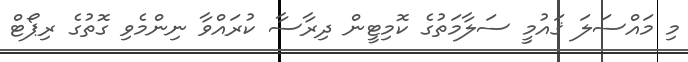
މި މައްސަލަ ޤައުމީ ސަލާމަތުގެ ކޮމިޓީން ދިރާސާ ކުރައްވާ ނިންމެވި ގޮތުގެ ރިޕޯޓް